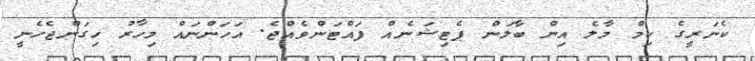
ކެނަރީގެ ކިމް މާލެ އިން ބާލަން ޕެޓިޝަނެއް ފައްޓަންވެއްޖެ. އަހަންނައް މިހާރު ހިގަންޖެހެނީ